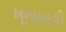
ખૂનામરકી